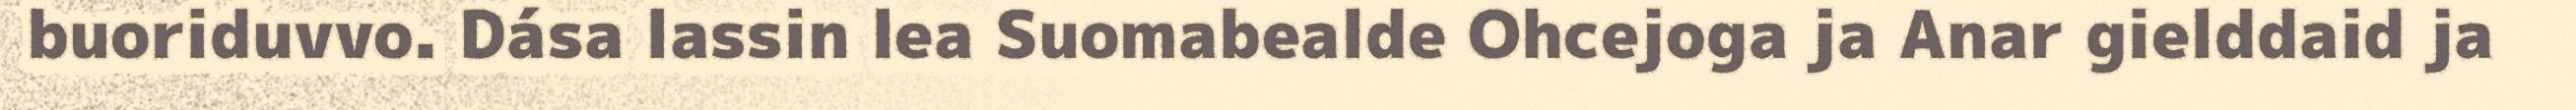
buoriduvvo. Dása lassin lea Suomabealde Ohcejoga ja Anar gielddaid ja